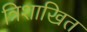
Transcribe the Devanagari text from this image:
त्रिशाखित